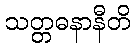
သတ္တဓနာနီတိ